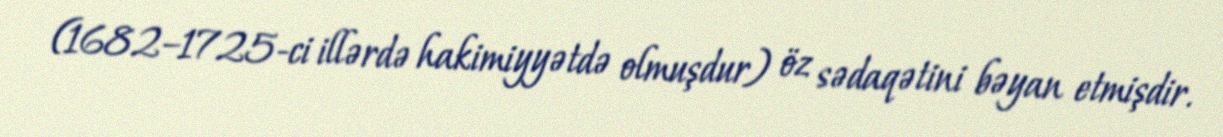
(1682–1725-ci illərdə hakimiyyətdə olmuşdur) öz sədaqətini bəyan etmişdir.